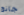
جانج